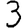
Digit: 3